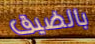
بالضيق